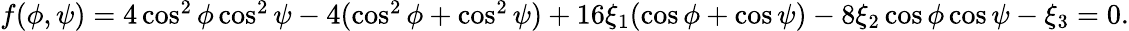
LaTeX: \begin{array}{r}{f(\phi,\psi)=4\cos^{2}\phi\cos^{2}\psi-4(\cos^{2}\phi+\cos^{2}\psi)+16\xi_{1}(\cos\phi+\cos\psi)-8\xi_{2}\cos\phi\cos\psi-\xi_{3}=0.}\end{array}